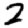
Digit: 2